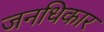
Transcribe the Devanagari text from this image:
जनधिकार